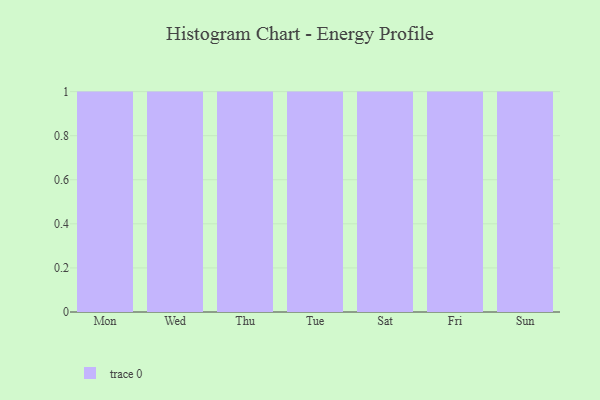
{"axis": {"x": "Day", "y": "Bounce Rate (%)"}, "legend": [""], "data": [{"x": "Mon", "y": 87, "type": ""}, {"x": "Wed", "y": 94, "type": ""}, {"x": "Thu", "y": 100, "type": ""}, {"x": "Tue", "y": 35, "type": ""}, {"x": "Sat", "y": 65, "type": ""}, {"x": "Fri", "y": 96, "type": ""}, {"x": "Sun", "y": 12, "type": ""}]}